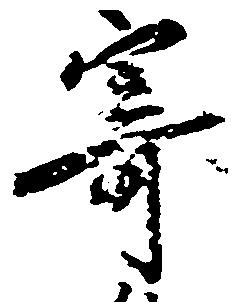
寄